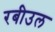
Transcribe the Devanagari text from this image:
रबीउल